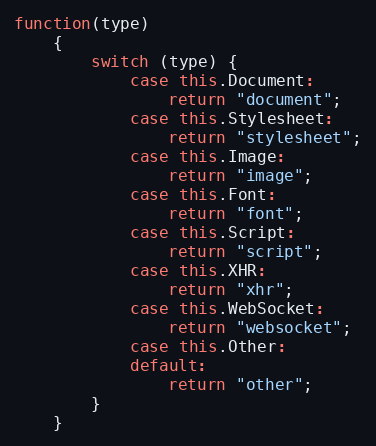
Language: JavaScript
function(type)
    {
        switch (type) {
            case this.Document:
                return "document";
            case this.Stylesheet:
                return "stylesheet";
            case this.Image:
                return "image";
            case this.Font:
                return "font";
            case this.Script:
                return "script";
            case this.XHR:
                return "xhr";
            case this.WebSocket:
                return "websocket";
            case this.Other:
            default:
                return "other";
        }
    }